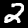
Digit: 2